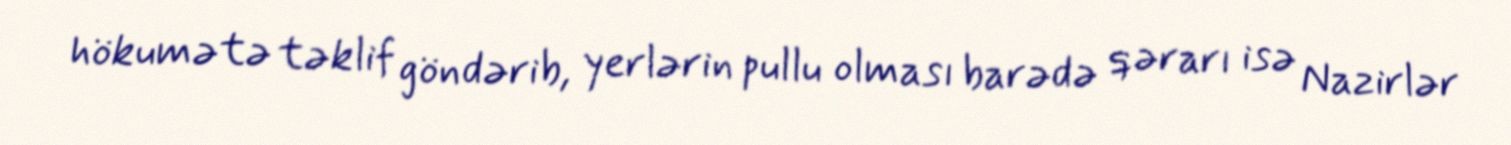
hökumətə təklif göndərib, yerlərin pullu olması barədə qərarı isə Nazirlər